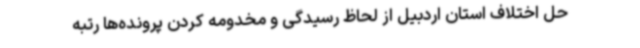
حل اختلاف استان اردبیل از لحاظ رسیدگی و مخدومه کردن پرونده‌ها رتبه